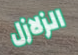
الزلازل